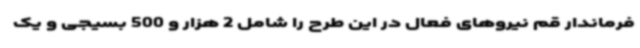
فرماندار قم نیروهای فعال در این طرح را شامل 2 هزار و 500 بسیجی و یک